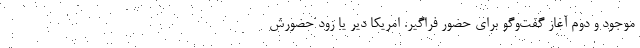
موجود و دوم آغاز گفت‌وگو براي حضور فراگير. امريكا دير يا زود حضورش